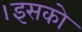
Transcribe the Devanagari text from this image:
।इसको